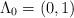
LaTeX: \begin{align*}\Lambda_0 = ( 0,1 )\end{align*}